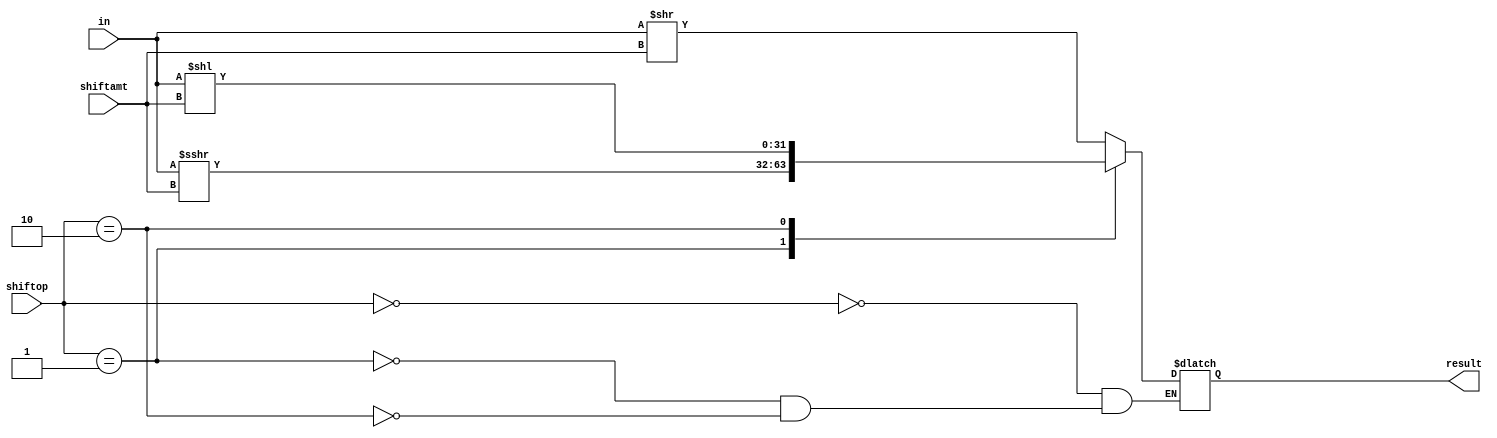
module Shifter(
	input [31:0] in,
	input [1:0] shiftop,
	input [4:0] shiftamt,
	output [31:0] result
);

	reg [31:0] result;
	always @(in or shiftamt or shiftop)
			begin
				case(shiftop)
					2'b00 : result = in >> shiftamt;
					2'b01 : result = in >>> shiftamt;
					2'b10 : result = in << shiftamt;
				endcase
			end
endmodule